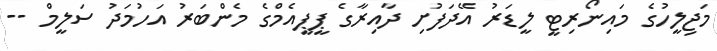
މަޖިލީހުގެ މައިނޯރިޓީ ލީޑަރު އޭދަފުށި ދާއިރާގެ ޕީޕީއެމްގެ މެންބަރު އަހުމަދު ސަލީމް --